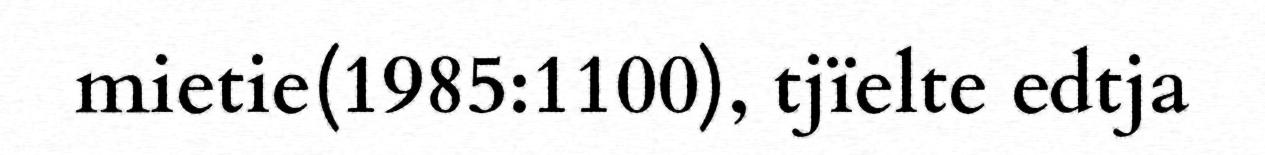
mietie(1985:1100), tjïelte edtja